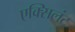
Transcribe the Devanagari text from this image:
एक्सिलंट